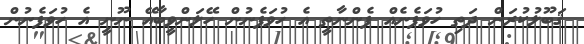
ޤަބޫލުކުރަން ދަތި ހުވަފެނެއް ފެންނާތީ އެ ހުވަފެނުން ހޭލަންވީބާއޭ ނޫނީ އެ ހުވަފެނުން